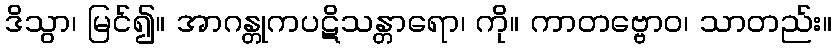
ဒိသွာ၊ မြင်၍။ အာဂန္တုကပဋိသန္တာရော၊ ကို။ ကာတဗ္ဗောဝ၊ သာတည်း။